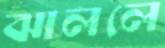
ঝাললে